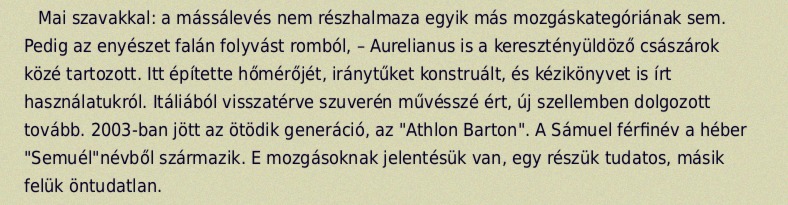
Mai szavakkal: a mássálevés nem részhalmaza egyik más mozgáskategóriának sem. Pedig az enyészet falán folyvást romból, – Aurelianus is a keresztényüldöző császárok közé tartozott. Itt építette hőmérőjét, iránytűket konstruált, és kézikönyvet is írt használatukról. Itáliából visszatérve szuverén művésszé ért, új szellemben dolgozott tovább. 2003-ban jött az ötödik generáció, az "Athlon Barton". A Sámuel férfinév a héber "Semuél"névből származik. E mozgásoknak jelentésük van, egy részük tudatos, másik felük öntudatlan.